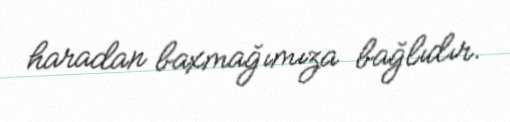
haradan baxmağımıza bağlıdır.